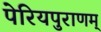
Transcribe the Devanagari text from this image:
पेरियपुराणम्